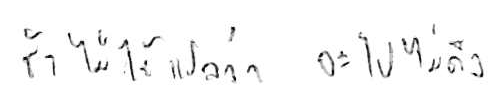
ช้า ไม่ได้แปลว่า จะไปไม่ถึง